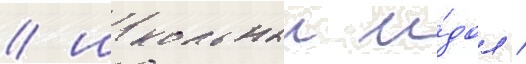
/ школьныи и́дол /